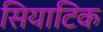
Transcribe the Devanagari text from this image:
सियाटिक